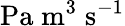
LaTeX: \mathrm{Pa}\; \mathrm{m}^{3}\; \mathrm{s}^{-1}